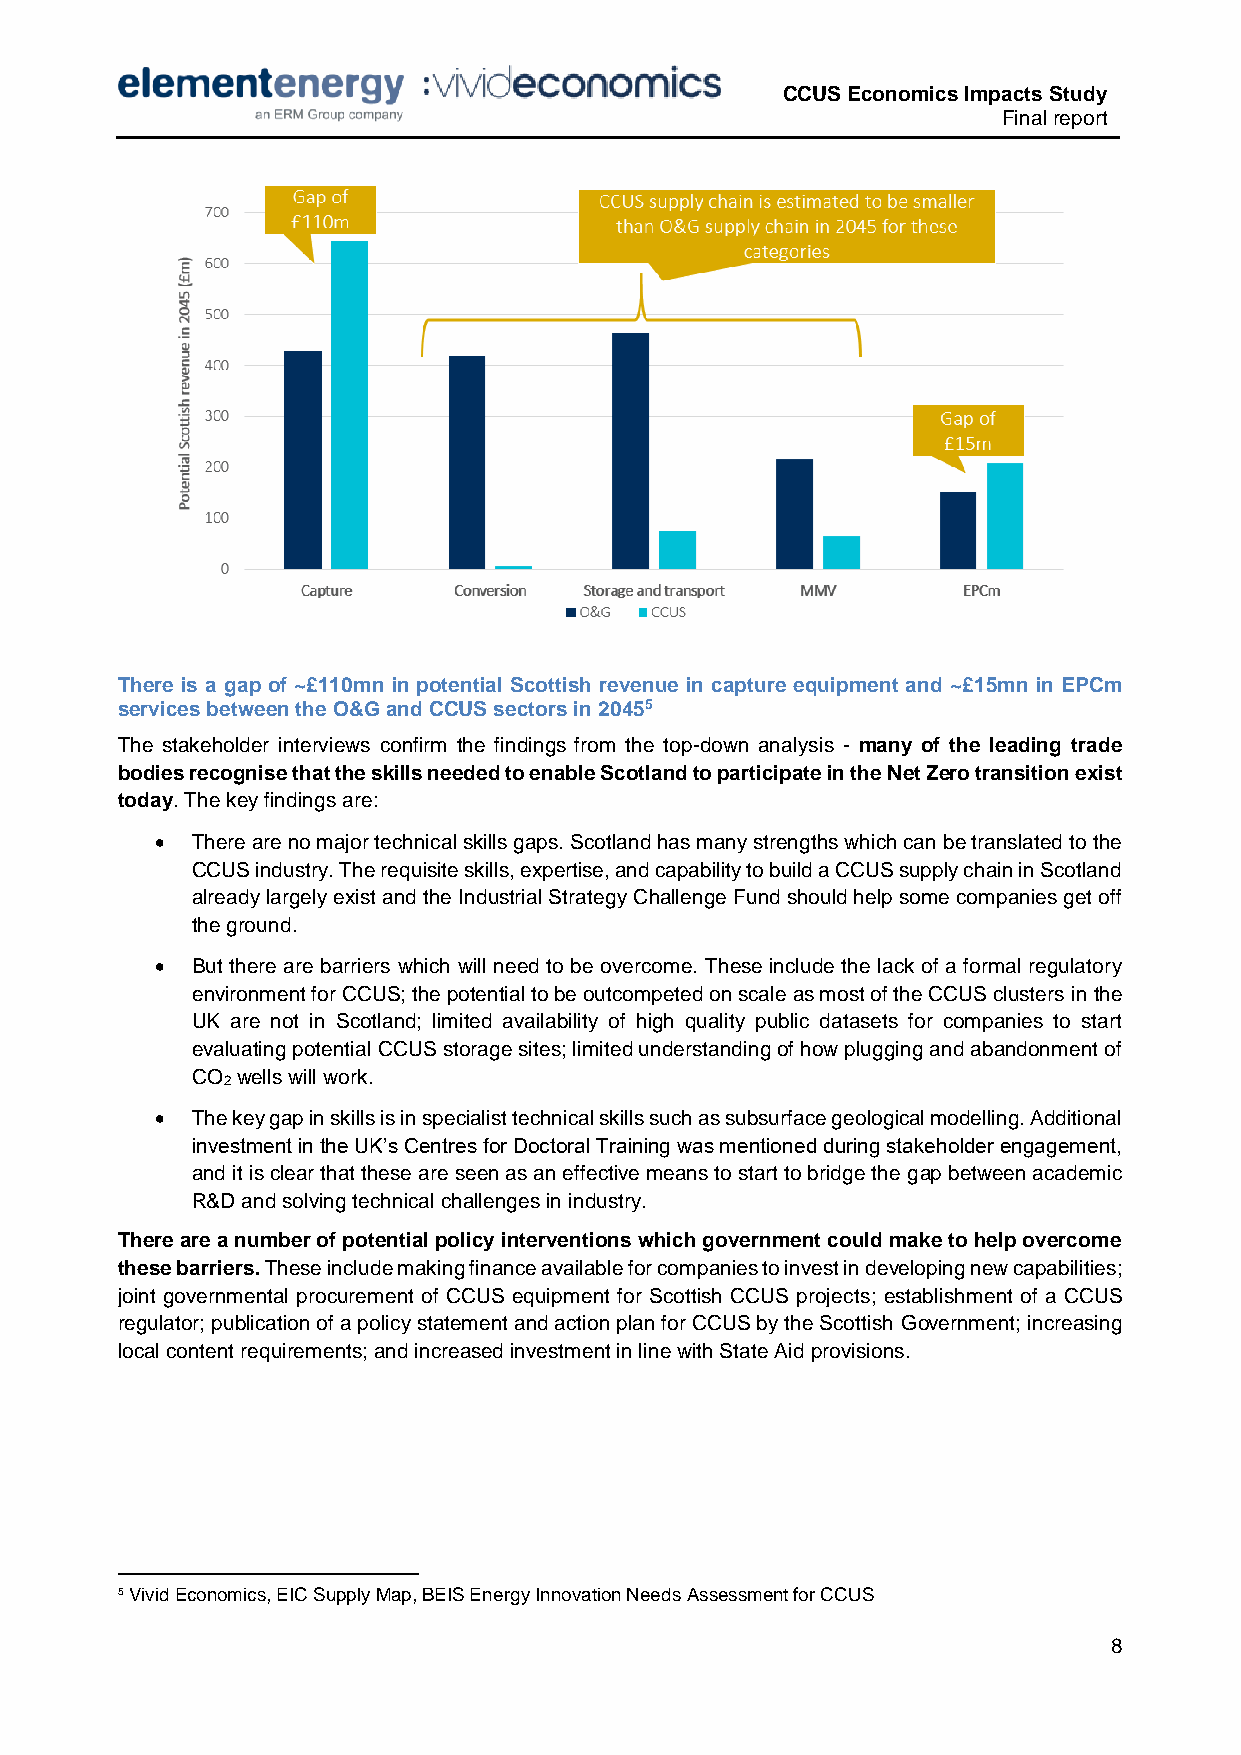
CCUS Economics Impacts Study
 Final report
 There is a gap of ~£110mn in potential Scottish revenue in capture equipment and ~£15mn in EPCm
 services between the O&G and CCUS sectors in 20455
 The stakeholder interviews confirm the findings from the top-down analysis - many of the leading trade
 bodies recognise that the skills needed to enable Scotland to participate in the Net Zero transition exist
 today. The key findings are:
   There are no major technical skills gaps. Scotland has many strengths which can be translated to the
 CCUS industry. The requisite skills, expertise, and capability to build a CCUS supply chain in Scotland
 already largely exist and the Industrial Strategy Challenge Fund should help some companies get off
 the ground.
   But there are barriers which will need to be overcome. These include the lack of a formal regulatory
 environment for CCUS; the potential to be outcompeted on scale as most of the CCUS clusters in the
 UK are not in Scotland; limited availability of high quality public datasets for companies to start
 evaluating potential CCUS storage sites; limited understanding of how plugging and abandonment of
 CO wells will work.
 2
   The key gap in skills is in specialist technical skills such as subsurface geological modelling. Additional
 investment in the UK’s Centres for Doctoral Training was mentioned during stakeholder engagement,
 and it is clear that these are seen as an effective means to start to bridge the gap between academic
 R&D and solving technical challenges in industry.
 There are a number of potential policy interventions which government could make to help overcome
 these barriers. These include making finance available for companies to invest in developing new capabilities;
 joint governmental procurement of CCUS equipment for Scottish CCUS projects; establishment of a CCUS
 regulator; publication of a policy statement and action plan for CCUS by the Scottish Government; increasing
 local content requirements; and increased investment in line with State Aid provisions.
 5 Vivid Economics, EIC Supply Map, BEIS Energy Innovation Needs Assessment for CCUS
 8